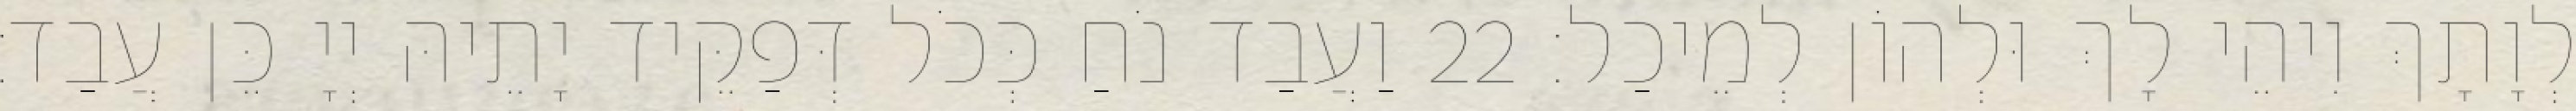
לְוָתָךְ וִיהֵי לָךְ וּלְהוֹן לְמֵיכַל׃ 22 וַעֲבַד נֹחַ כְּכֹל דְּפַקֵּיד יָתֵיהּ יְיָ כֵּן עֲבַד׃